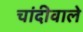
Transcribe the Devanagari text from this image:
चांदीवाले